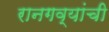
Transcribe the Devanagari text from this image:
रानगव्यांची